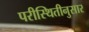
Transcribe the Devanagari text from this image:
परीस्थितीनुसार